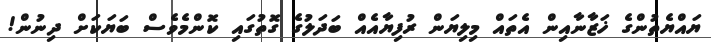
ޔައްޔެތުންގެ ޚަޒާނާއިން އެތައް މިލިޔަން ރުފިޔާއެއް ބަދަލުގެ ގޮތުގައި ކޮންމެވެސް ބަޔަކަށް ދިނުން!